Report of the Indian Hemp Drugs Commission, 1894-1895 - Volume IV
Year: 1894
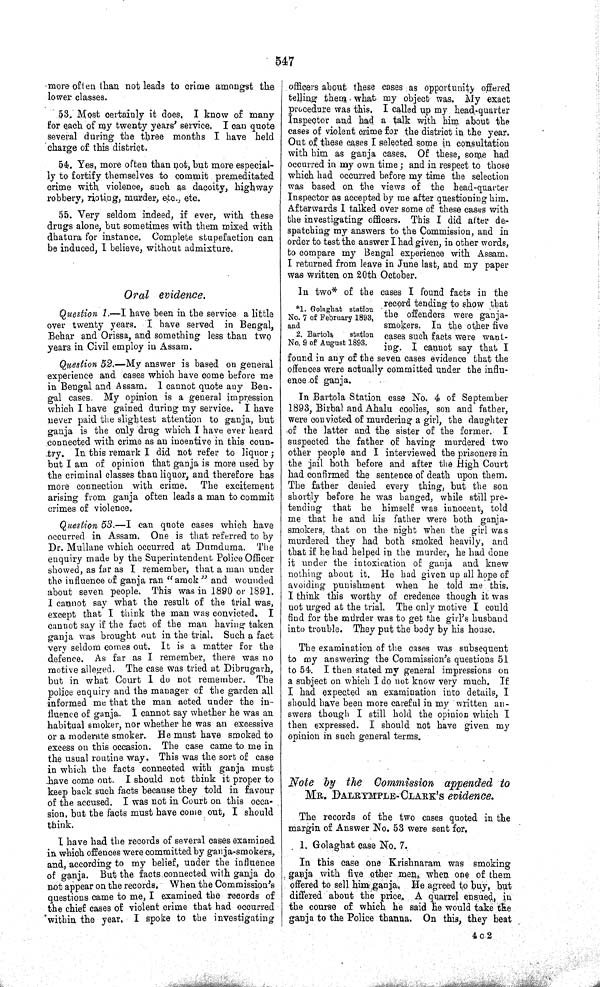
547
more often than not leads to crime amongst the
lower classes.
53. Most certainly it does. I know of many
for each of my twenty years' service. I can quote
several during the three months I have held
charge of this district.
54. Yes, more often than not, but more especial-
ly to fortify themselves to commit premeditated
crime with violence, such as dacoity, highway
robbery, rioting, murder, etc., etc.
55. Very seldom indeed, if ever, with these
drugs alone, but sometimes with them mixed with
dhatura for instance. Complete stupefaction can
be induced, I believe, without admixture.
Oral evidence.
Question 1.—I have been in the service a little
over twenty years. I have served in Bengal,
Behar and Orissa, and something less than two
years in Civil employ in Assam.
Question 52.—My answer is based on general
experience and cases which have come before me
in Bengal and Assam. 1 cannot quote any Ben-
gal cases. My opinion is a general impression
which I have gained during my service. I have
never paid the slightest attention to ganja, but
ganja is the only drug which I have ever heard
connected with crime as an incentive in this coun-
try. In this remark I did not refer to liquor;
but I am of opinion that ganja is more used by
the criminal classes than liquor, and therefore has
more connection with crime. The excitement
arising from ganja often leads a man to commit
crimes of violence.
Question 53.—I can quote cases which have
occurred in Assam. One is that referred to by
Dr. Mullane which occurred at Dumduma. The
enquiry made by the Superintendent Police Officer
showed, as far as I remember, that a man under
the influence of ganja ran "amok" and wounded
about seven people. This was in 1890 or 1891.
I cannot say what the result of the trial was,
except that I think the man was convicted. I
cannot say if the fact of the man having taken
ganja was brought out in the trial. Such a fact
very seldom comes out. It is a matter for the
defence. As far as I remember, there was no
motive alleged. The case was tried at Dibrugarh,
but in what Court I do not remember. The
police enquiry and the manager of the garden all
informed me that the man acted under the in-
fluence of ganja. I cannot say whether he was an
habitual smoker, nor whether he was an excessive
or a moderate smoker. He must have smoked to
excess on this occasion. The case came to me in
the usual routine way. This was the sort of case
in which the facts connected with ganja must
have come out. I should not think it proper to
keep back such facts because they told in favour
of the accused. I was not in Court on this occa-
sion, but the facts must have come out, I should
think.
I have had the records of several cases examined
in which offences were committed by ganja-smokers,
and, according to my belief, under the influence
of ganja. But the facts connected with ganja do
not appear on the records. When the Commission's
questions came to me, I examined the records of
the chief cases of violent crime that had occurred
within the year. I spoke to the investigating
officers about these cases as opportunity offered
telling them what my object was. My exact
procedure was this. I called up my head-quarter
Inspector and had a talk with him about the
cases of violent crime for the district in the year.
Out of these cases I selected some in consultation
with him as ganja cases. Of these, some had
occurred in my own time; and in respect to those
which had occurred before my time the selection
was based on the views of the head-quarter
Inspector as accepted by me after questioning him.
Afterwards I talked over some of these cases with
the investigating officers. This I did after de-
spatching my answers to the Commission, and in
order to test the answer I had given, in other words,
to compare my Bengal experience with Assam.
I returned from leave in June last, and my paper
was written on 20th October.
*1. Golaghat station
No. 7 of February 1893,
and
2. Bartola station
No. 9 of August 1893.
In two* of the cases I found facts in the
record tending to show that
the offenders were ganja-
smokers, In the other five
cases such facts were want-
ing. I cannot say that I
found in any of the seven cases evidence that the
offences were actually committed under the influ-
ence of ganja.
In Bartola Station case No. 4 of September
1893, Birbal and Ahalu coolies, son and father,
were convicted of murdering a girl, the daughter
of the latter and the sister of the former. I
suspected the father of having murdered two
other people and I interviewed the prisoners in
the jail both before and after the High Court
had confirmed the sentence of death upon them.
The father denied every thing, but the son
shortly before he was hanged, while still pre-
tending that he himself was innocent, told
me that he and his father were both ganja-
smokers, that on the night when the girl was
murdered they had both smoked heavily, and
that if he had helped in the murder, he had done
it under the intoxication of ganja and knew
nothing about it. He had given up all hope of
avoiding punishment when he told me this.
I think this worthy of credence though it was
not urged at the trial. The only motive I could
find for the murder was to get the girl's husband
into trouble. They put the body by his house.
The examination of the cases was subsequent
to my answering the Commission's questions 51
to 54. I then stated my general impressions on
a subject on which I do not know very much. If
I had expected an examination into details, I
should have been more careful in my written an-
swers though I still hold the opinion which I
then expressed. I should not have given my
opinion in such general terms.
Note by the Commission appended to
MR. DALRYMPLE-CLARK'S evidence.
The records of the two cases quoted in the
margin of Answer No. 53 were sent for.
1. Golaghat case No. 7.
In this case one Krishnaram was smoking
ganja with five other men, when one of them
offered to sell him ganja. He agreed to buy, but
differed about the price. A quarrel ensued, in
the course of which he said he would take the
ganja to the Police thanna. On this, they beat
4 c 2